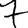
Digit: 7